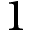
1